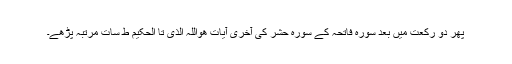
پھر دو رکعت میں بعد سورہ فاتحہ کے سورہ حشر کی آخری آیات ھواللہ الذی تا الحکیم ط سات مرتبہ پڑھے۔